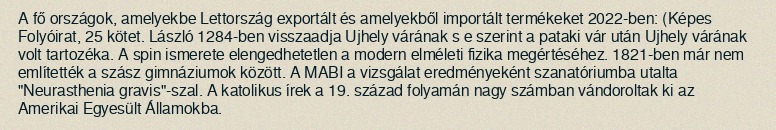
A fő országok, amelyekbe Lettország exportált és amelyekből importált termékeket 2022-ben: (Képes Folyóirat, 25 kötet. László 1284-ben visszaadja Ujhely várának s e szerint a pataki vár után Ujhely várának volt tartozéka. A spin ismerete elengedhetetlen a modern elméleti fizika megértéséhez. 1821-ben már nem említették a szász gimnáziumok között. A MABI a vizsgálat eredményeként szanatóriumba utalta "Neurasthenia gravis"-szal. A katolikus írek a 19. század folyamán nagy számban vándoroltak ki az Amerikai Egyesült Államokba.